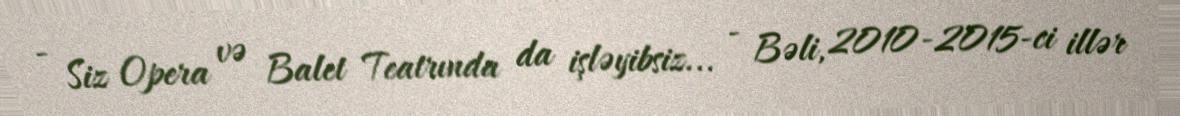
- Siz Opera və Balet Teatrında da işləyibsiz... - Bəli, 2010-2015-ci illər